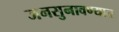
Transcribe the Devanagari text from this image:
जनसुनावण्यात